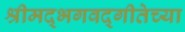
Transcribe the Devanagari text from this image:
श्रीमद्‌भगवद्‌गीतेच्या